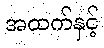
အထက်နှင့်